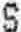
S